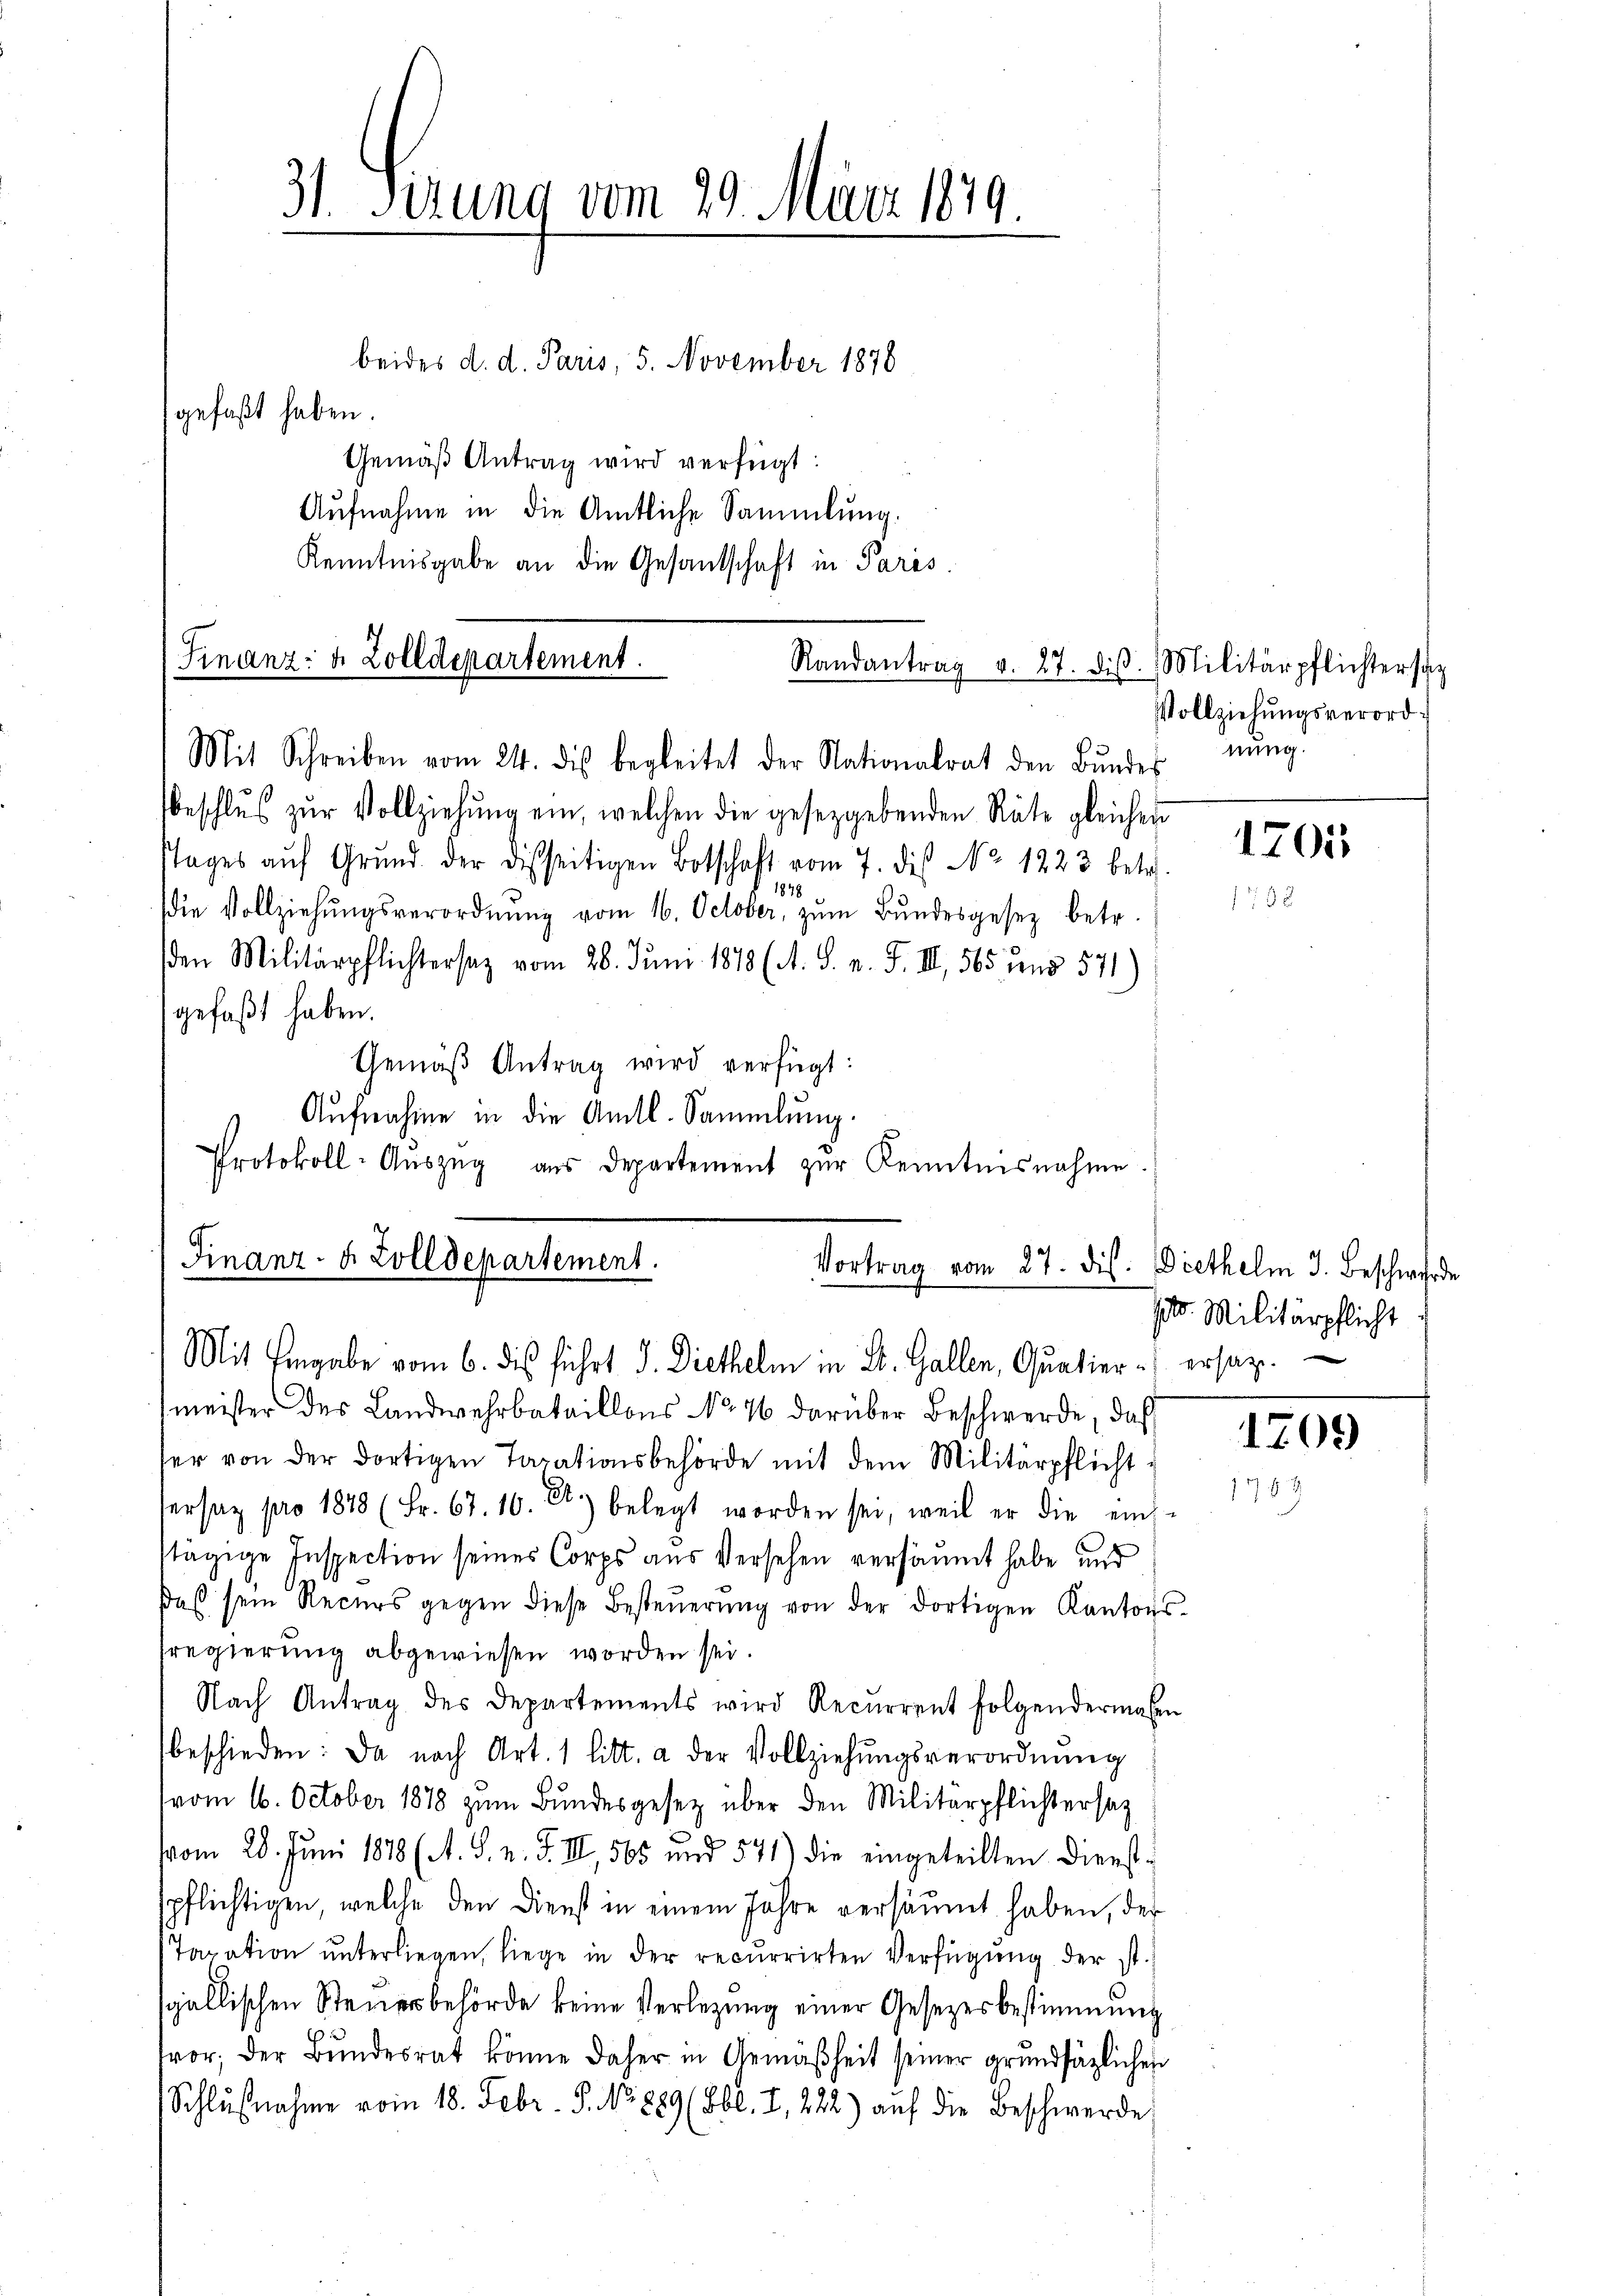
31. Serung vom 29. März 1849

beides d. d. Paris, 5. November 1878
gefaßt haben.
Gemäß Antrag wird verfügt:
Aufnahme in die Amtliche Sammlung.
Kenntnisgabe an die Gesantschaft in Paris.
Mit Schreiben vom 24. des begleitet der Nationalrat den Bŭndes nŭng.
beschlŭs zŭr Vollziehŭng ein, welchen die gesetzgebenden Räte gleicher
stages aŭf Grŭnd der disseitigen Botschaft vom 7. dis No. 1223 betr.
1878
die Vollziehŭngsverordnŭng vom 16. October, zŭm Bŭndesgesez betr.
den Militärpflichtersatz vom 28. Juni 1878 (A. S. n. F. III, 565 und 571)
gefaßt haben.
Gemäβ Antrag wird verfügt:
Aufnahme in die Amtl. Sammlung.
Protokoll-Auszug aus Departement zur Kenntnisnahme.
Finanz- & Zolldepartement.
Vortrag vom 27. dis. Diethelm 3. Beschwerde

(Finanz- u. Zolldepartement.
Randantrag v. 27. diβ. Militärpflichtersag

Mit Eingabe vom 6. dis führt I. Diethelm in St. Gallen, Quatier - ersatz.

Vollziehungsverord¬

meister des Landwehrbataillons No. 76 darüber Beschwerde, daß
ser von der dortigen Taxationsbehörde mit dem Militärpflicht
Versag pro 1878 (Fr. 67. 16. A.) belegt worden sei, weil er die ein-
stägige Inspection seines Corps aus Versehen versäumt habe und
daβ sein Recurs gegen diese Besteŭerŭng von der dortigen Kantons-
sregierung abgewiesen worden sei.
Nach Antrag des Departements wird Recurrent folgendermaßen
beschieden: Da nach Art. 1 litt. a der Vollziehungsverordnung
vom 16. October 1878 zum Bundesgesetz über den Militärpflichtersatz
vom 28. Juni 1878 (A. S. v. J. III, 565 und 541) die eingeteilten Dienstspflichtigen, welche den Dienst in einem Jahre versäumt haben, der
Taxation unterliegen, liege in der recurrirten Verfügung der ist.
sgallischen Steuerbehörde keine Verlegung einer Gesetzesbestimmung
tor, der Bundesrat könne daher in Gemäßheit seiner grundsätzlichen
Schlŭβnahme vom 18. Febr. S. No. 889 (860. I., 222) auf die Beschwerde

1205

10. Militärpflicht

1709